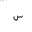
Letter: _sin